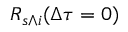
R _ { s \wedge i } ( \Delta \tau = 0 )